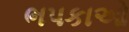
ભપકાઓ